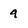
Character: 9